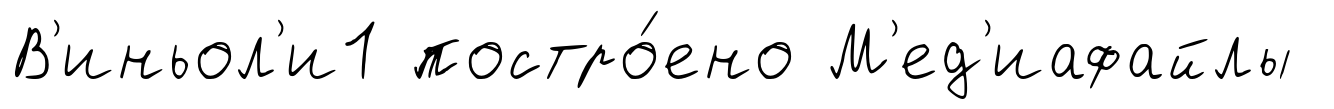
В'иньол'и1 постро́ено М'ед'иафайлы